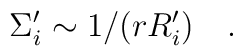
\Sigma_i^{\prime}\sim 1/(r R_i^{\prime})\quad.